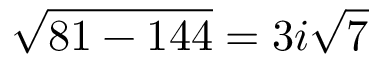
{ \sqrt { 8 1 - 1 4 4 } } = 3 i { \sqrt { 7 } }